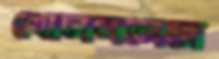
খোলনলিচা